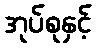
အုပ်စုနှင့်